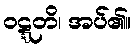
ဝဋ္ဋတိ၊ အပ်၏။